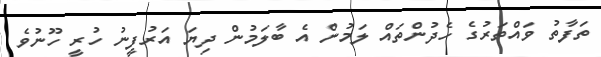
ތަފާތު ވައްތަރުގެ ހެދުންތައް ލަމުން އެ ބާލަމުން ދިޔަ އަރުފީނު ހުރީ ހޫނުވެ